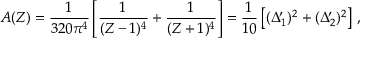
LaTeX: A ( Z ) = { \frac { 1 } { 3 2 0 \pi ^ { 4 } } } \left[ { \frac { 1 } { ( Z - 1 ) ^ { 4 } } } + { \frac { 1 } { ( Z + 1 ) ^ { 4 } } } \right] = { \frac { 1 } { 1 0 } } \left[ ( \Delta _ { 1 } ^ { \prime } ) ^ { 2 } + ( \Delta _ { 2 } ^ { \prime } ) ^ { 2 } \right] \, ,